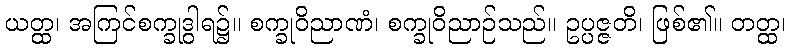
ယတ္ထ၊ အကြင်စက္ခုဒွါရ၌။ စက္ခုဝိညာဏံ၊ စက္ခုဝိညာဉ်သည်။ ဥပ္ပဇ္ဇတိ၊ ဖြစ်၏။ တတ္ထ၊